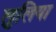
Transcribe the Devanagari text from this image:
लुलिया